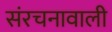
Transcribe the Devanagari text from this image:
संरचनावाली